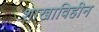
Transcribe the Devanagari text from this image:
शाखाविहीन